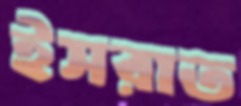
ইসরাত